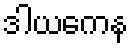
ဒါယကေန